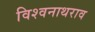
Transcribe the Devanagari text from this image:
विश्वनाथराव